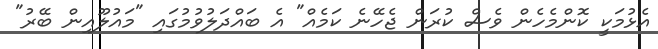
އެޅުމަކީ ކޮންމެހެން ވެސް ކުރަން ޖެހޭނެ ކަމެއް" އެ ބައްދަލުވުމުގައި "މައުލޫއިން ބޭރު"